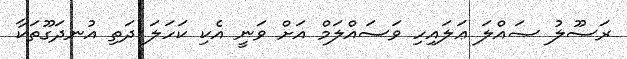
ރަސޫލު ޞައްލަ ޢަލައިހި ވަސައްލަމް އަށް ވަނީ އެކި ކަހަލަ ދަތި އުނދަގޫތަކާ